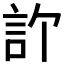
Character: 𬢞